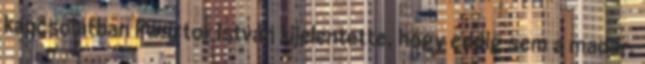
kapcsolatban Pásztor István kijelentette, hogy eddig sem a madár,